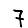
Digit: 7